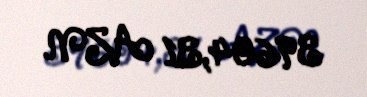
39604,31 AZN